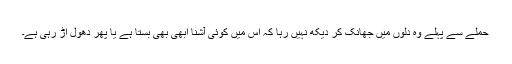
حملے سے پہلے وہ دلوں میں جھانک کر دیکھ نہیں رہا کہ اس میں کوئی آشنا ابھی بھی بستا ہے یا پھر دھول اڑ رہی ہے۔